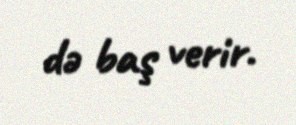
də baş verir.